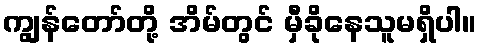
ကျွန်တော်တို့ အိမ်တွင် မှီခိုနေသူမရှိပါ။